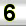
Digit: 6